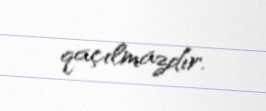
qaçılmazdır.